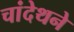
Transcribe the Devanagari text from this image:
चांदेथने